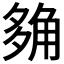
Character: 𧣡